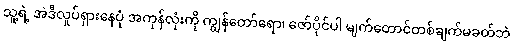
သူ့ရဲ့ အဲဒီလှုပ်ရှားနေပုံ အကုန်လုံးကို ကျွန်တော်ရော၊ ဇော်ပိုင်ပါ မျက်တောင်တစ်ချက်မခတ်ဘဲ